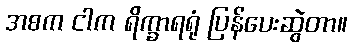
အစက ငါက ရိက္ခာရရုံ ပြန်ပေးဆွဲတာ။